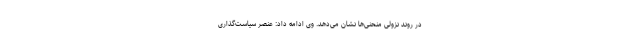
در روند نزولی منحنی‌ها نشان می‌دهد. وی ادامه داد: عنصر سیاست‌گذاری